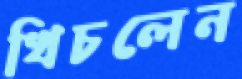
খিচলেন